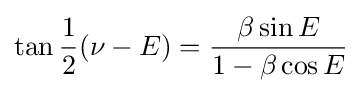
\tan {{\frac {1}{2}}(\nu -E)}={\frac {\beta \sin {E}}{1-\beta \cos {E}}}